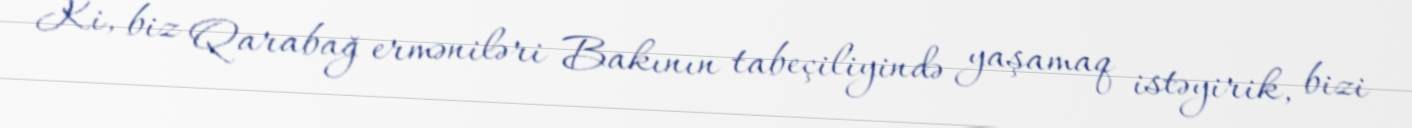
Ki, biz Qarabağ erməniləri Bakının tabeçiliyində yaşamaq istəyirik, bizi